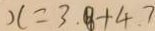
x = 3 . 8 + 4 . 7